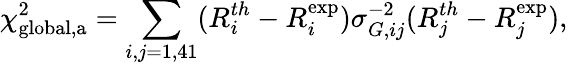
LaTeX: \chi_{\mathrm{global,a}}^{2}=\sum_{i,j=1,41}(R_{i}^{th}-R_{i}^{\exp})\sigma_{G,ij}^{-2}(R_{j}^{th}-R_{j}^{\exp}),